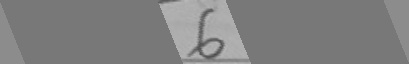
6